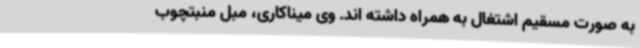
به صورت مسقیم اشتغال به همراه داشته اند. وی میناکاری، مبل منبتچوب